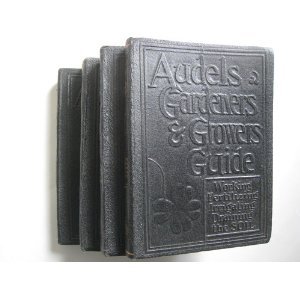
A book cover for Audels Gardeners & Growers Guide [Hardcover] Set of 4 volumes [1-4]; Crafts, Hobbies & Home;